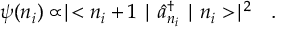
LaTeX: \psi ( n _ { i } ) \propto \mid < n _ { i } + 1 \mid \hat { a } _ { n _ { i } } ^ { \dag } \mid n _ { i } > \mid ^ { 2 } \ \ .